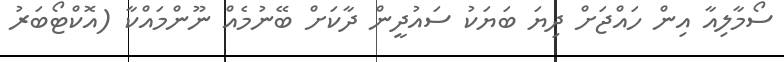
ސޯމާލިއާ އިން ހައްޖަށް ދިޔަ ބަޔަކު ސައުދީން ދާކަށް ބޭނުމެއް ނޫންމައްކާ (އޮކްޓޯބަރު